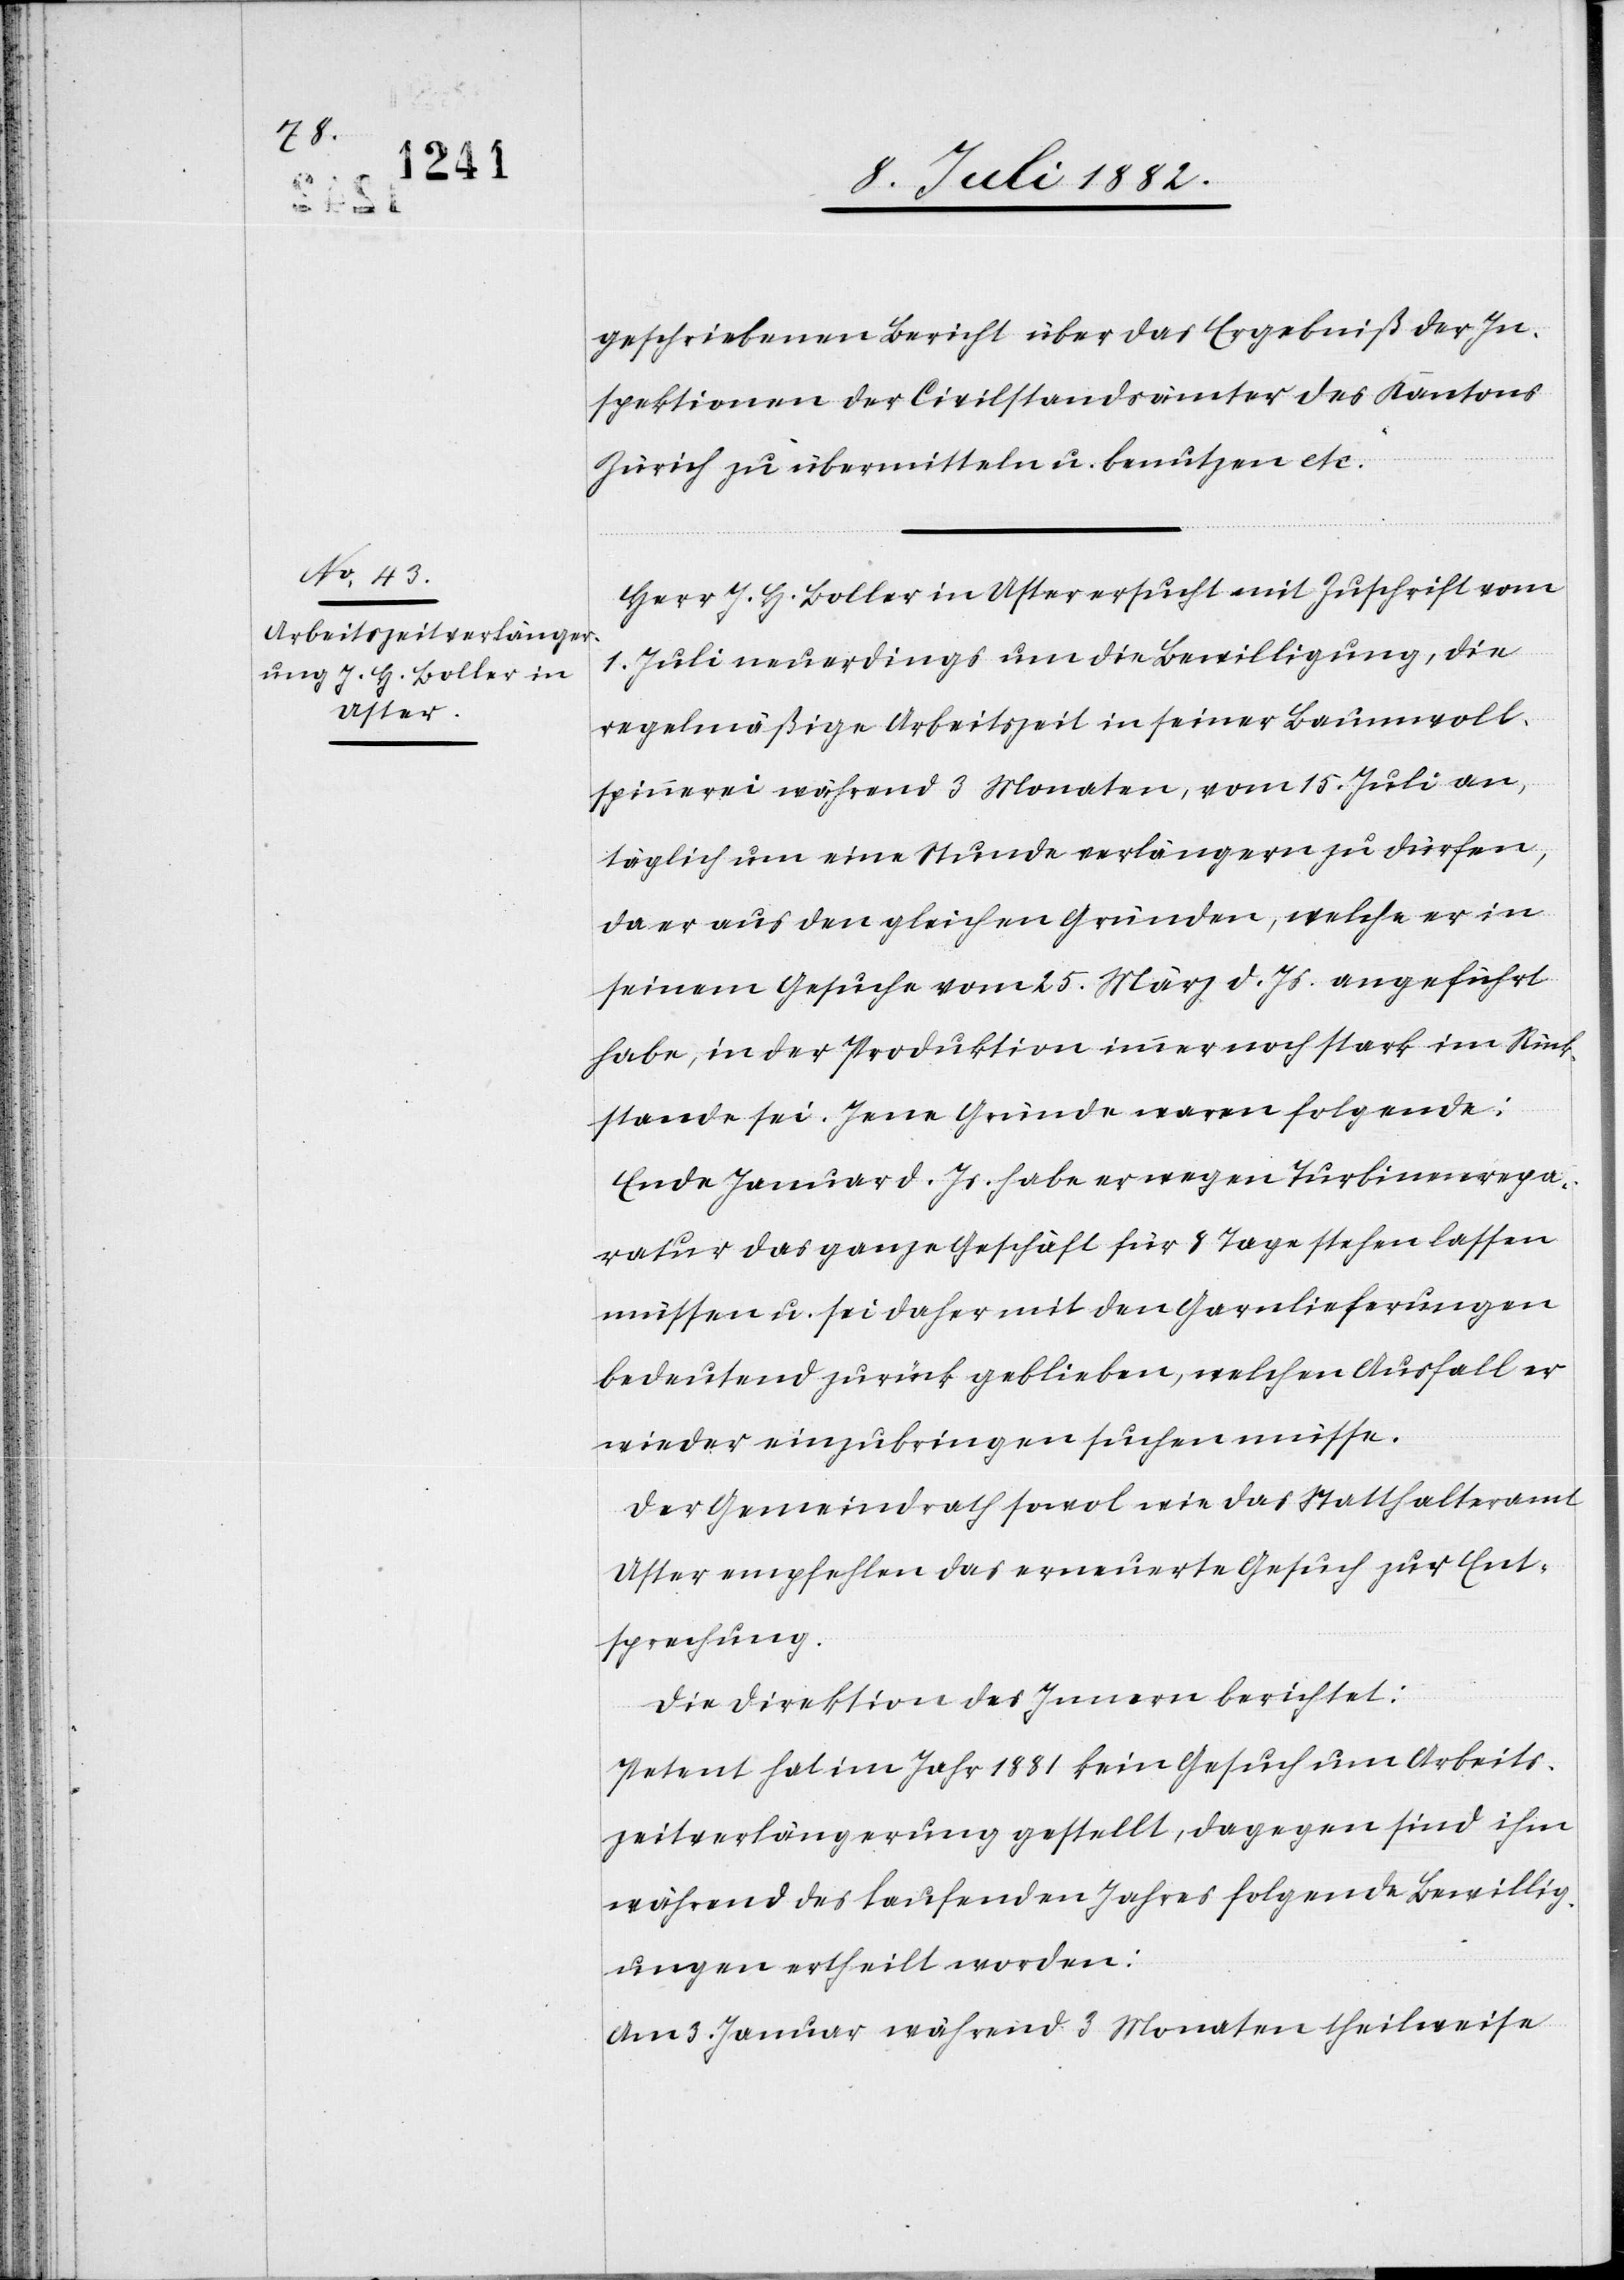
geschriebenen Bericht über das Ergebniß der In¬
spektionen der Civilstandsämter des Kantons
Zürich zu übermitteln u. benutzen etc.“
Herr J. H. Boller in Uster ersucht mit Zuschrift vom
1. Juli neuerdings um die Bewilligung, die
regelmäßige Arbeitszeit in seiner Baumwoll¬
spinnerei während 3 Monaten, vom 15. Juli an,
täglich um eine Stunde verlängern zu dürfen,
da er aus den gleichen Gründen, welche er in
seinem Gesuche vom 25. März d. Js. angeführt
habe, in der Produktion immer noch stark im Rück¬
stande sei. Jene Gründe waren folgende:
Ende Januar d. Js. habe er wegen Turbinenrepa¬
ratur das ganze Geschäft für 8 Tage stehen lassen
müssen u. sei daher mit den Garnlieferungen
bedeutend zurück geblieben, welchen Ausfall er
wieder einzubringen suchen müsse.
Der Gemeindrath sowol wie das Statthalteramt
empfehlen das erneuerte Gesuch zur Ent¬
sprechung.
Die Direktion des Innern berichtet:
Petent hat im Jahr 1881 kein Gesuch um Arbeits¬
zeitverlängerung gestellt, dagegen sind ihm
während des laufenden Jahres folgende Bewillig¬
ungen ertheilt worden:
Am 3. Januar während 3 Monaten theilweise